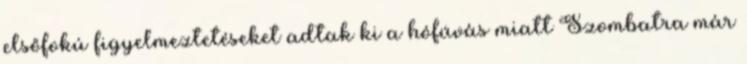
elsőfokú figyelmeztetéseket adtak ki a hófúvás miatt Szombatra már